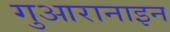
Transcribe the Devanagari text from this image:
गुआरानाइन